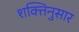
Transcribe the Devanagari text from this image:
शक्तिनुसार